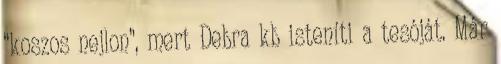
“koszos nejlon”, mert Debra kb isteníti a tesóját. Már